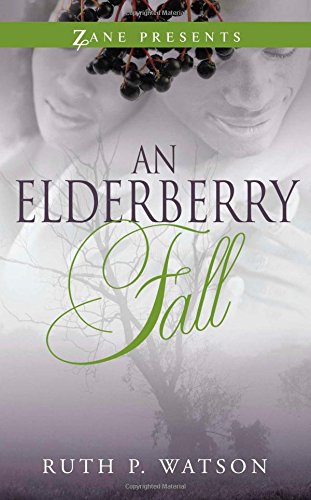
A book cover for An Elderberry Fall (Zane Presents); Ruth P. Watson; Mystery, Thriller & Suspense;